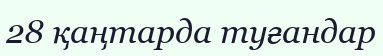
28 қаңтарда туғандар